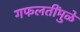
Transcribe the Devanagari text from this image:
गफलतींमुळे